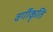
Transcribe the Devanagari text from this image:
वर्गीकृति